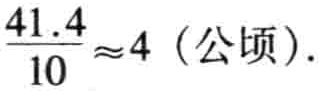
$\frac{41.4}{10}\approx4 \text{（公顷）}.$